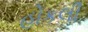
હોકલી